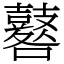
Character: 鼛